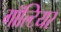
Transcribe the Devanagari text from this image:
गॉल्टियर